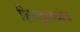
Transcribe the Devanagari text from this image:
शिराझमध्येच